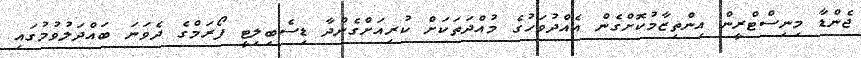
ޖެންޑާ މިނިސްޓްރީން އިންތިޒާމުކޮށްގެން އެއްދުވަހުގެ މުއްދަތަކަށް ކުރިއަށްގެންދާ ޑިސެބިލިޓީ ފޯރަމްގެ ދެވަނަ ބައްދަލުވުމުގައި